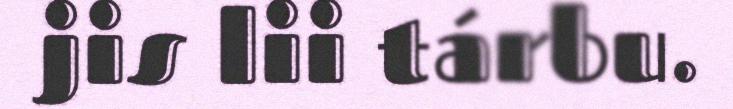
jis lii tárbu.